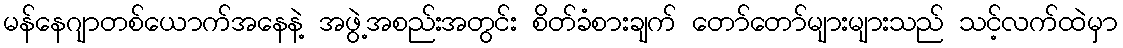
မန်နေဂျာတစ်ယောက်အနေနဲ့ အဖွဲ့အစည်းအတွင်း စိတ်ခံစားချက် တော်တော်များများသည် သင့်လက်ထဲမှာ